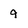
Character: 9